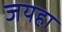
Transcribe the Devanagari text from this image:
जयहा